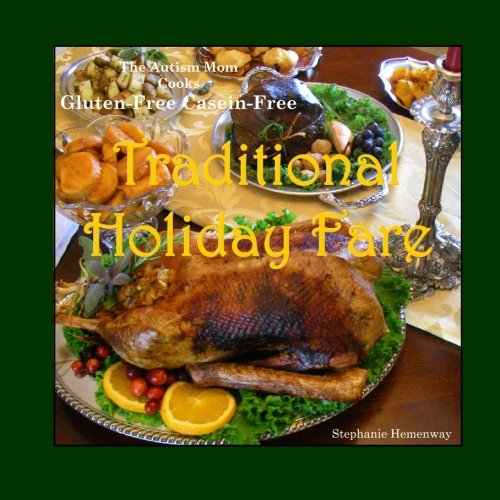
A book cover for The Autism Mom Cooks Gluten-Free Casein-Free, Traditional Holiday Fare; Stephanie Hemenway; Cookbooks, Food & Wine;